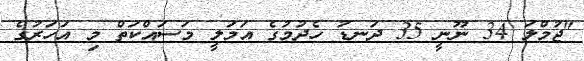
"ޖުމްލަ 34 ނޫނީ 35 ދަނޑު ހެދުމުގެ އަމަލީ މަސައްކަތް މި އަހަރުގެ